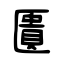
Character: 匱